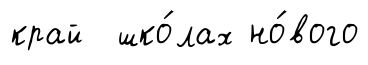
край шко́лах но́вого